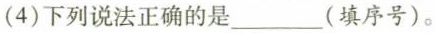
(4)下列说法正确的是___(填序号)。